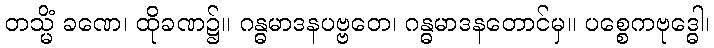
တသ္မိံ ခဏေ၊ ထိုခဏ၌။ ဂန္ဓမာဒနပဗ္ဗတေ၊ ဂန္ဓမာဒနတောင်မှ။ ပစ္စေကဗုဒ္ဓေါ၊